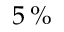
5 \, \%